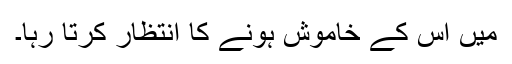
میں اس کے خاموش ہونے کا انتظار کرتا رہا۔